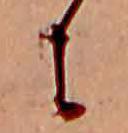
に